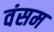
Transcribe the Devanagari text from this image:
वंसम